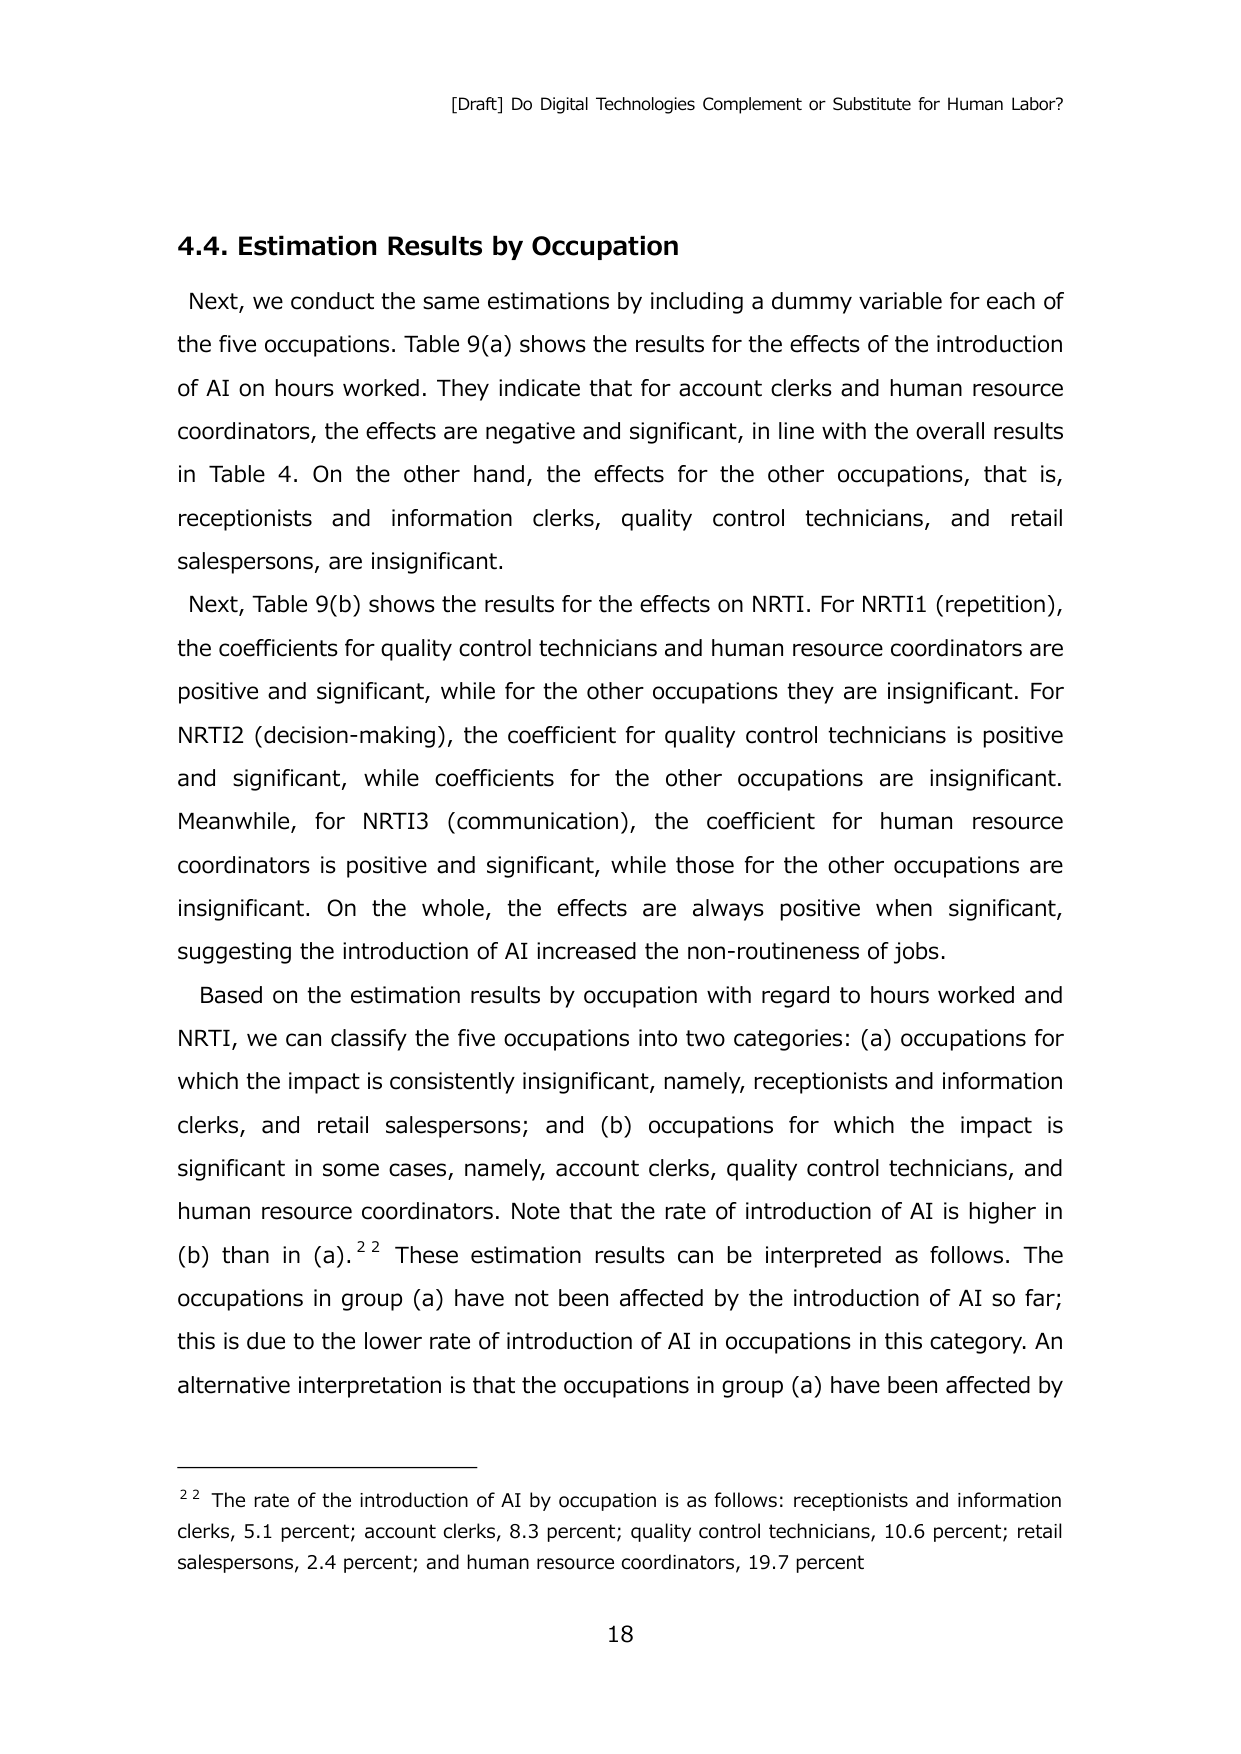
[Draft] Do Digital Technologies Complement or Substitute for Human Labor?

4.4. Estimation Results by Occupation

Next, we conduct the same estimations by including a dummy variable for each of the five occupations. Table 9(a) shows the results for the effects of the introduction of AI on hours worked. They indicate that for account clerks and human resource coordinators, the effects are negative and significant, in line with the overall results in Table 4. On the other hand, the effects for the other occupations, that is, receptionists and information clerks, quality control technicians, and retail salespersons, are insignificant.

Next, Table 9(b) shows the results for the effects on NRTI. For NRTI1 (repetition), the coefficients for quality control technicians and human resource coordinators are positive and significant, while for the other occupations they are insignificant. For NRTI2 (decision-making), the coefficient for quality control technicians is positive and significant, while coefficients for the other occupations are insignificant. Meanwhile, for NRTI3 (communication), the coefficient for human resource coordinators is positive and significant, while those for the other occupations are insignificant. On the whole, the effects are always positive when significant, suggesting the introduction of AI increased the non-routineness of jobs.

Based on the estimation results by occupation with regard to hours worked and NRTI, we can classify the five occupations into two categories: (a) occupations for which the impact is consistently insignificant, namely, receptionists and information clerks, and retail salespersons; and (b) occupations for which the impact is significant in some cases, namely, account clerks, quality control technicians, and human resource coordinators. Note that the rate of introduction of AI is higher in (b) than in (a).²² These estimation results can be interpreted as follows. The occupations in group (a) have not been affected by the introduction of AI so far; this is due to the lower rate of introduction of AI in occupations in this category. An alternative interpretation is that the occupations in group (a) have been affected by

²² The rate of the introduction of AI by occupation is as follows: receptionists and information clerks, 5.1 percent; account clerks, 8.3 percent; quality control technicians, 10.6 percent; retail salespersons, 2.4 percent; and human resource coordinators, 19.7 percent

18